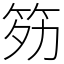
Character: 䇟